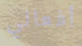
أفعالي